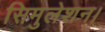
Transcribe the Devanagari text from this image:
सिमुलेशन।